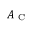
A _ { \mathrm { ~ C ~ } }